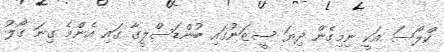
ކްލޯސަ އަކީ ނިމިގެން ދިޔަ ސީޒަނުގައި ބުންޑަސްލީގާ ގައި އެންމެ ގިނަ ގޯލު